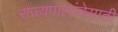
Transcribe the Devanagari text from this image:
राज्यपालांचेसाठी